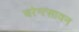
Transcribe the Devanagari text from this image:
चरेन्त्सावन